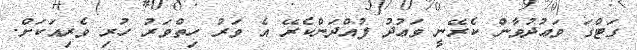
ގަޓްގަ ވަޢުދުވާން ކެރޭނީ ވަޢުދު ފުއްދަންކެރޭ އެ ވަރު ހިތްވަރު ހުރި ވެރިއަކަށް.